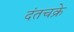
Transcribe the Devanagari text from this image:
दंतचक्रे